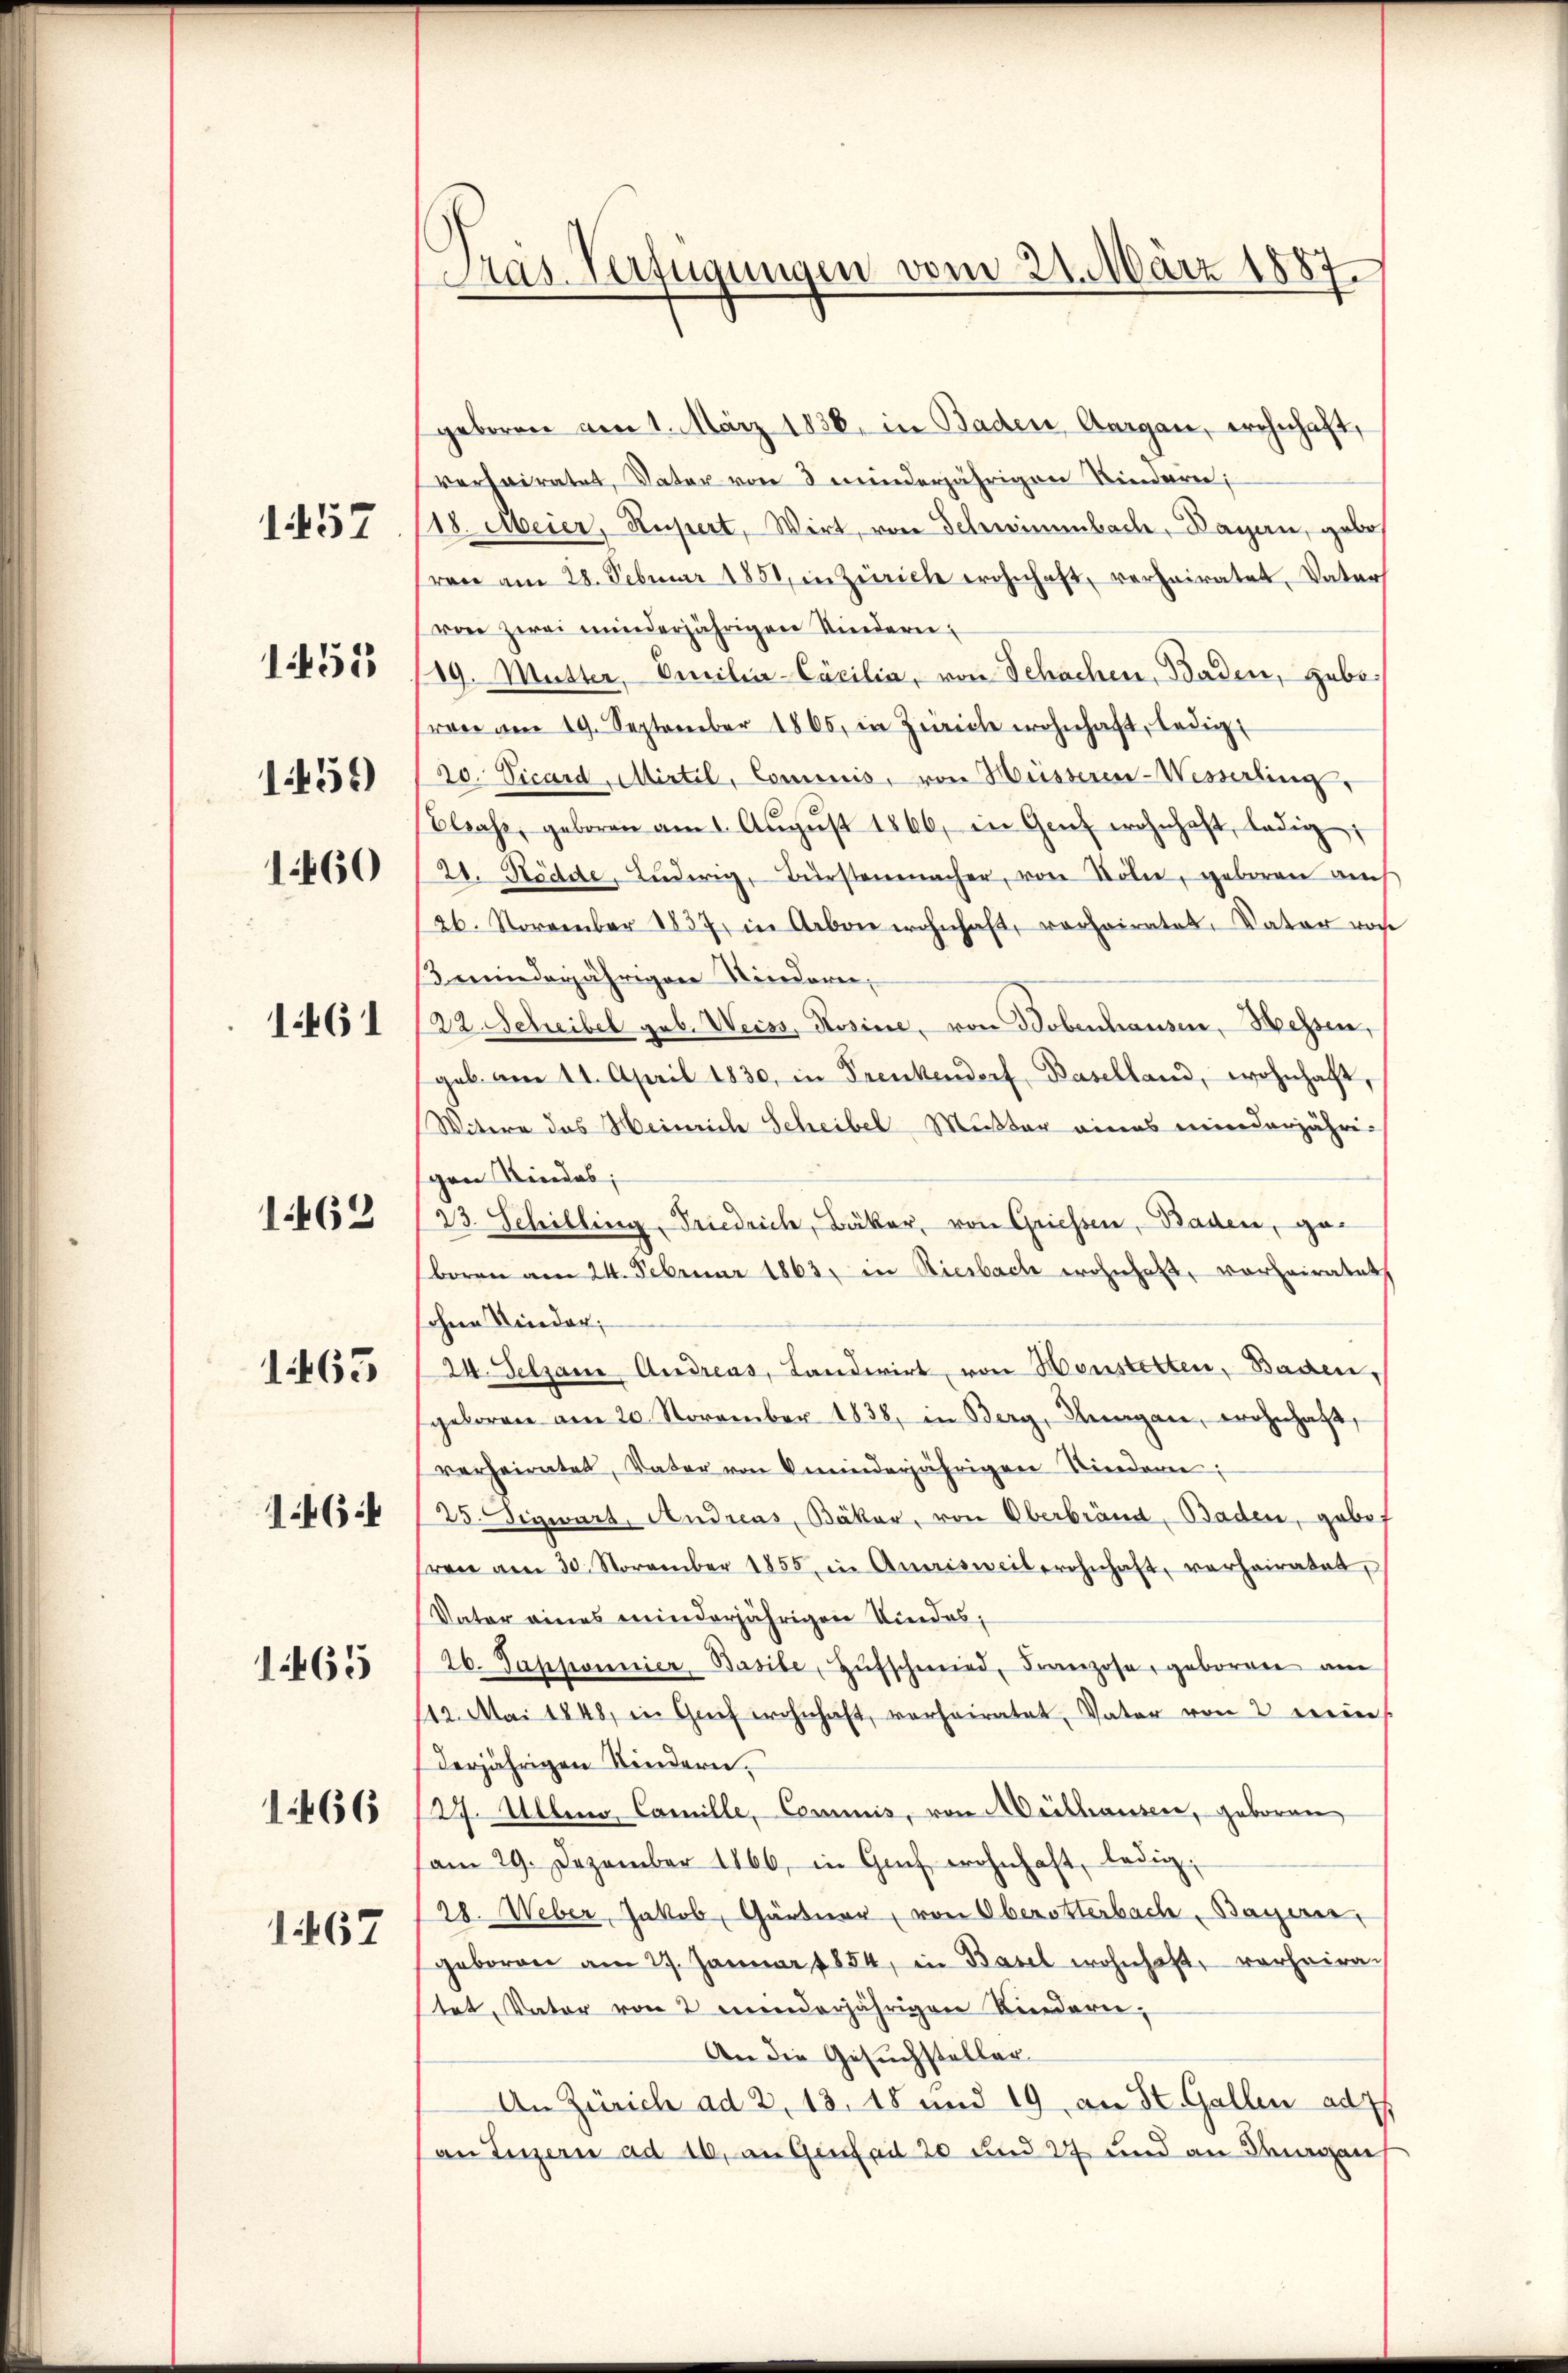
1459)
1460
1461

1457

1451

1462

1465

146

1465

1467

1466

Gras Verfügungen vom 21. März 1887

geboren am 1. März 1836. in Baden, Aargau, wohnhaft,
verheiratet, Vater von 3 minderjährigen Kindern;
18. Meier, Rupert, Wirt, von Schwimmbach, Dagen, geborene am 28. Februar 1851, in Zürich wohnhaft, verheiratet, Vater
von zwei minderjährigen Kindern,
19. Mutter, Emilier-Cocilia, von Schachen, Baden, gebovon am 19. September 1805, in Zürich wohnhaft, ledigt
20. Vicard, Mirtil, Commis, von Hüsseren-Wesserling,
Elsass, geboren am 1. Aŭgŭst 1866, in Genf wohnhaft, ledig
21. Städde, Lŭderig, Bürstenmacher, von Söhne, geboren aus
26. November 1837. in Arbon wohnhaft, vorheiratet, Vater von
ßmeinderjährigen Niederen,
22. Schreibel geb. Weiss, Rosine, von Dobenhausen, Hessen,
geb. am 11. April 1830, in Trenkendorf, Baselland, wohnhaft,
Witere das Heinrich Scheibel Muster eines minderjährigen Kindes,
23. Schilling, Friedrich, Bäker, von Griessen, Baden, geboren am 24. Februar 1863, in Riesbach wohnhaft, vorheiratets
ohne Kinder;
24. Selzam. Andreas, Landwirt, von Honstetten, Bassen,
geboren am 20. November 1838, in Berg, Hergan, wohnhaft,
verheiratet, Vater von meinderjährigen Niedern;
25. Sigwart, Andreas, Bäker, von Oberbrand, Baden, gabe,
sren am 30. November 1855 in Amrisweiberohnhaft, verheiratet,
Vater eines minderjährigen Kindes,
26. Papponnier, Basile, Hŭfschmied, Franzose, geboren am
112. Mai 1848, in Grief wohnhaft, vorheiratet, Vater von 2 ein
derjährigen Kindern,
127. Alleno Camille, Commis, von Arithausen, geboren
am 29. Dezember 1866, in Gach wohnhaft, ledig,
(28. Weber, Jakob, Gärtner (von Oberotterbach, Bayern,
geboren am 27. Januar 1854, in Basel wohnhaft, vorheira
tet, Vater von 2 minderjährigen Kindern,
An die Gesuchsteller
An Zürich ad 2, 13. 18 und 19 an St. Gallen ad
an Luzern ad 16, an Genfall 20 und 27 und an Segens